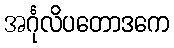
အင်္ဂုလိပတောဒကေ